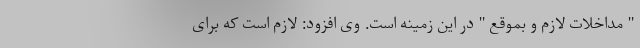
" مداخلات لازم و بموقع " در این زمینه است. وی افزود: لازم است که برای